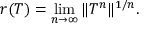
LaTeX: r ( T ) = \operatorname* { l i m } _ { n \to \infty } \| T ^ { n } \| ^ { 1 / n } .